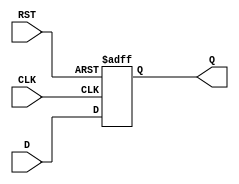
module StoreRegister (
    input wire D,      // Data input
    input wire CLK,    // Clock input
    input wire RST,    // Asynchronous reset
    output reg Q       // Data output
);

// Asynchronous reset and synchronous data storage
always @ (posedge CLK or posedge RST) begin
    if (RST) begin
        Q <= 1'b0;    // Clear the register on reset
    end else begin
        Q <= D;       // Capture the data on clock edge
    end
end

endmodule